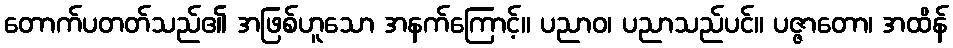
တောက်ပတတ်သည်၏ အဖြစ်ဟူသော အနက်ကြောင့်။ ပညာဝ၊ ပညာသည်ပင်။ ပဇ္ဇာတော၊ အထိန်